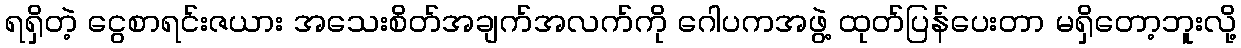
ရရှိတဲ့ ငွေစာရင်းဇယား အသေးစိတ်အချက်အလက်ကို ဂေါပကအဖွဲ့ ထုတ်ပြန်ပေးတာ မရှိတော့ဘူးလို့